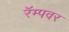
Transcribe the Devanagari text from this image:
रॅम्पवर